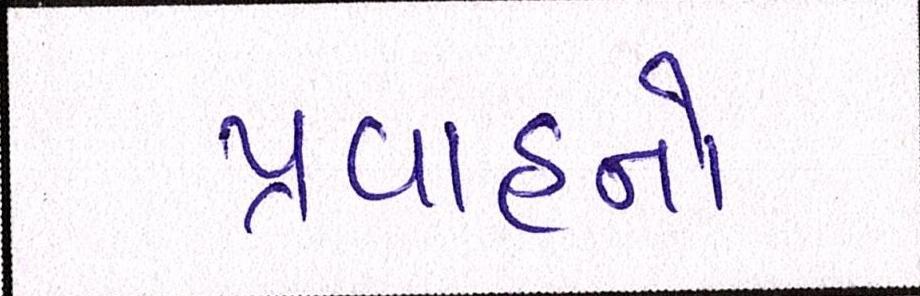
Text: પ્રવાહનો